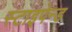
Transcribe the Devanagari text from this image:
स्टाइपेन्ड